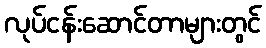
လုပ်ငန်းဆောင်တာများတွင်